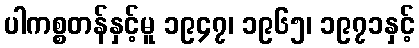
ပါကစ္စတန်နှင့်မူ ၁၉၄၇၊ ၁၉၆၅၊ ၁၉၇၁နှင့်